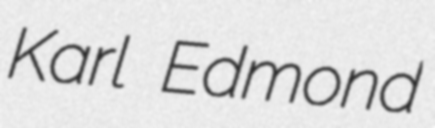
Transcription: Karl Edmond